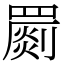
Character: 罽